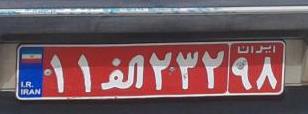
۱۱ا۲۳۲۹۸